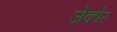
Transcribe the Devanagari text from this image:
जेकोर